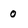
Character: 0